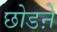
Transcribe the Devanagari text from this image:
छोडऩे